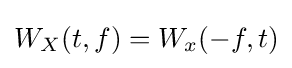
W_{X}(t,f)=W_{x}(-f,t)